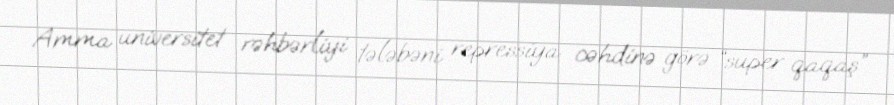
Amma universitet rəhbərliyi tələbəni repressiya cəhdinə görə “super qaqaş”